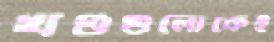
খণ্ডগুলোকেই